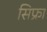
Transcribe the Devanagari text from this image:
सिफ्रा